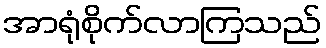
အာရုံစိုက်လာကြသည်